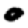
Digit: 0